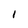
Character: 1